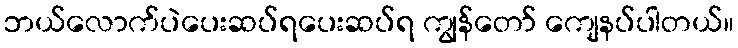
ဘယ်လောက်ပဲပေးဆပ်ရပေးဆပ်ရ ကျွန်တော် ကျေနပ်ပါတယ်။